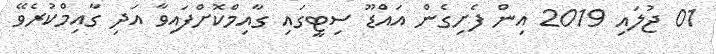
01 ޖުލައި 2019 އިން ފެށިގެން އައްޑޫ ސިޓީގައި ގާއިމްކޮށްފައިވާ އަދި ގާއިމްކުރެވޭ